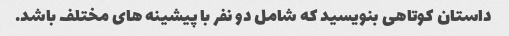
داستان کوتاهی بنویسید که شامل دو نفر با پیشینه های مختلف باشد.